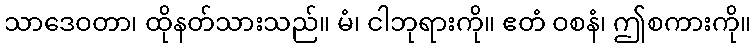
သာဒေဝတာ၊ ထိုနတ်သားသည်။ မံ၊ ငါဘုရားကို။ ဧတံ ဝစနံ၊ ဤစကားကို။